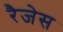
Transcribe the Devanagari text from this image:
रैजेस